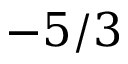
- 5 / 3